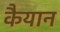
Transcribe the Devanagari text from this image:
कैयान